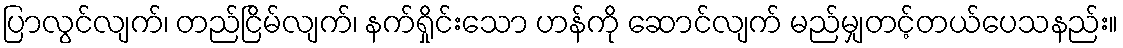
ပြာလွင်လျက်၊ တည်ငြိမ်လျက်၊ နက်ရှိုင်းသော ဟန်ကို ဆောင်လျက် မည်မျှတင့်တယ်ပေသနည်း။